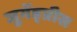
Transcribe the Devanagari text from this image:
जुगेंड्प्रीस